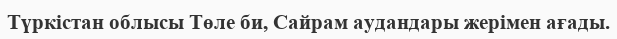
Түркістан облысы Төле би, Сайрам аудандары жерімен ағады.